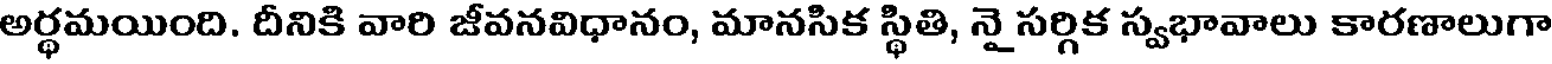
అర్థమయింది. దీనికి వారి జీవనవిధానం, మానసిక స్థితి, నై సర్గిక స్వభావాలు కారణాలుగా